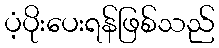
ပံ့ပိုးပေးရန်ဖြစ်သည်